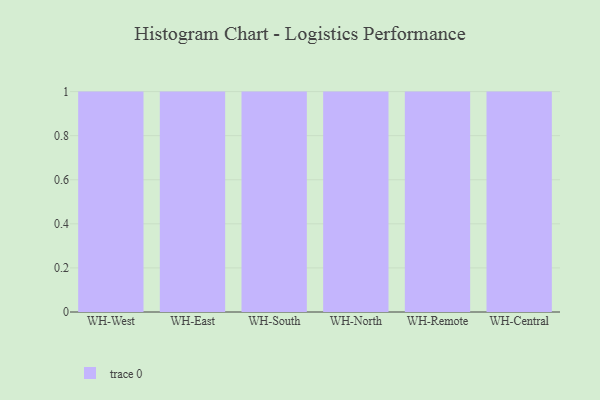
{"axis": {"x": "Warehouse", "y": "Operating Costs (USD K)"}, "legend": [""], "data": [{"x": "WH-West", "y": 50, "type": ""}, {"x": "WH-East", "y": 21, "type": ""}, {"x": "WH-South", "y": 56, "type": ""}, {"x": "WH-North", "y": 57, "type": ""}, {"x": "WH-Remote", "y": 81, "type": ""}, {"x": "WH-Central", "y": 97, "type": ""}]}